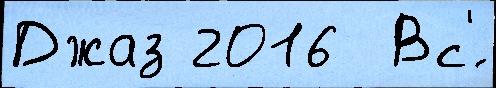
Джаз 2016  Вс'́